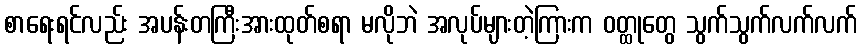
စာရေးရင်လည်း အပန်းတကြီးအားထုတ်စရာ မလိုဘဲ အလုပ်များတဲ့ကြားက ဝတ္ထုတွေ သွက်သွက်လက်လက်